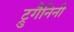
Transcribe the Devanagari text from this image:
ट्रुगैनिनी